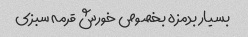
بسیار بدمزه بخصوص خورش قرمه سبزی